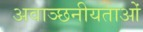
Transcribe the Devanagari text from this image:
अवाञ्छनीयताओं